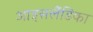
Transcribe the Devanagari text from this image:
आइसलैंडिका